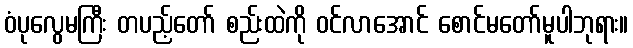
ဝံပုလွေမကြီး တပည့်တော် စည်းထဲကို ဝင်လာအောင် စောင်မတော်မူပါဘုရား။